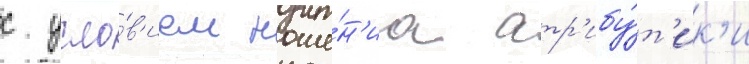
с усло́в'ием ноше́н'иа атр'ибу́т'ик'и